Report of the Hyderabad Chloroform Commission
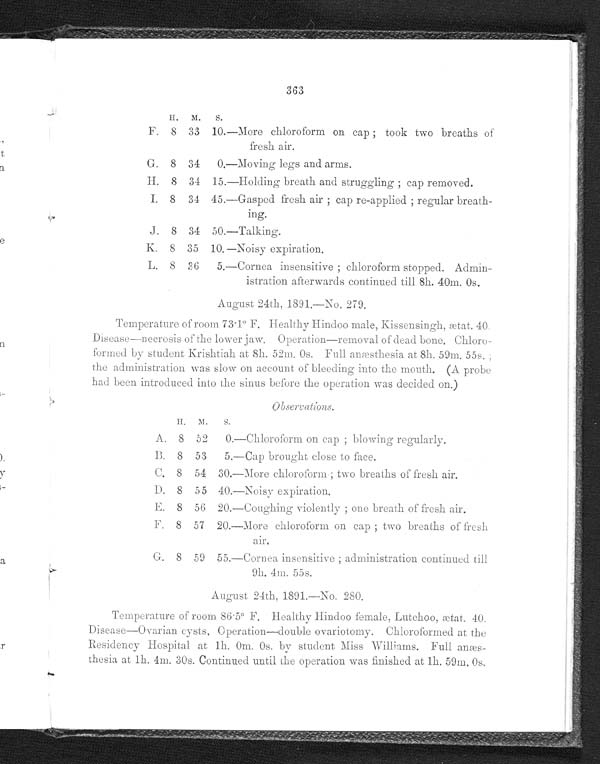
363
H.
M.
S.
F. 8 33 10.—More chloroform on cap ; took two breaths of
fresh air.
G. 8 34
0.—Moving legs and arms.
H. 8 34 15.—Holding breath and struggling ; cap removed.
I. 8 34 45.-Gasped fresh air ; cap re-applied ; regular breath-
ing.
J. 8 34 50.—Talking.
K. 8 35 10. —Noisy expiration.
L. 8 36
5.—Cornea insensitive ; chloroform stopped. Admin-
istration afterwards continued till 8h. 40m. 0s.
August 24th, 1891.—No. 279.
Temperature of room 731° F. Healthy Hindoo male, Kissensingh, ætat. 40
_Disease-necrosis of the lower jaw. Operation-removal of dead bone. Chloro
formed by student Krishtia.h at 8h. 52111. 0s. Full. anæstliesia at 8h. 59m. 55s.
the administration was slow on account of bleeding into the mouth. (A probe
had been introduced into the sinus before the operation was decided on.)
Observations.
H.
M.
S .
A. 8 52
0.—Chloroform on cap ; blowing regularly.
B. 8 53
5.—Cap brought close to face,
C. 8 54 30.—More chloroform ; two breaths of fresh air.
D. 8 55 40.—Noisy expiration.
E. 8 56 20.—Coughing violent ly ; one breath of fresh air.
F . 8 57 20.—More chloroform on cap ; two breaths of fresh
air.
G . 8 59 55.—Cornea insensitive ; ad 1) tinistration continued till
9h. 4m. 55s.
August 24th. 1891.—No. 280.
Temperature of room 86.50 F. Healthy Hindoo female, Lutchoo, ætat. 40
Disease—Ovarian cysts, Operation—double ovariotoniy. Chloroformed at the
Residency Hospital at lh. 0m. 0s. by student Miss Williams. Full anæs-
-thesia at 1h. 4w. 30s. Continued until the operation was finished at lh. 59m. 0s.